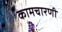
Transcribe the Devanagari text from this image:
कामचारणी